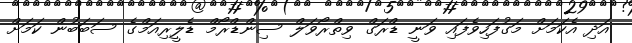
އަދި އެކަމަށް މަގުފަހިވެފައި ވަނީ ޑްރަގް ވިތްރޯވަލް ސިންޑްރޯމް ޑެލީރިއަމްގެ ސަބަބުން ކަމަށް